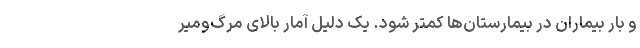
و بار بیماران در بیمارستان‌ها کمتر شود. یک دلیل آمار بالای مرگ‌ومیر